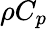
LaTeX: \rho C_{p}